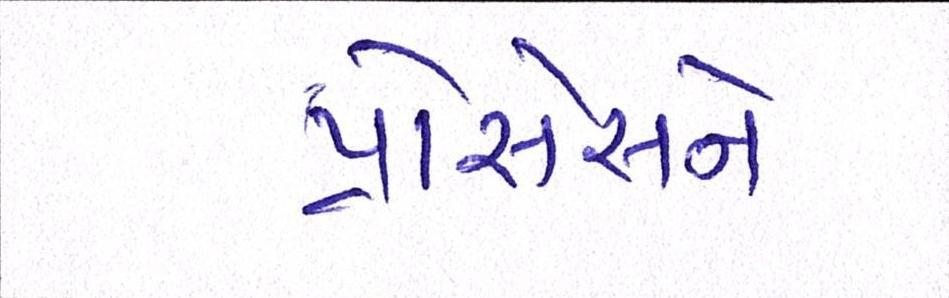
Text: પ્રોસેસને